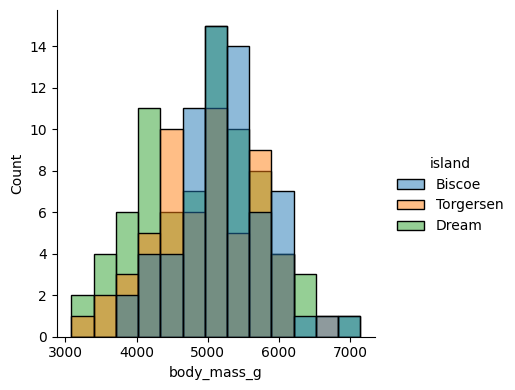
python, seaborn, displot, kind='hist', column='body_mass_g', hue='island', height=4, aspect=1.0